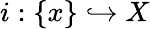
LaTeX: i:\{ x\} \hookrightarrow X